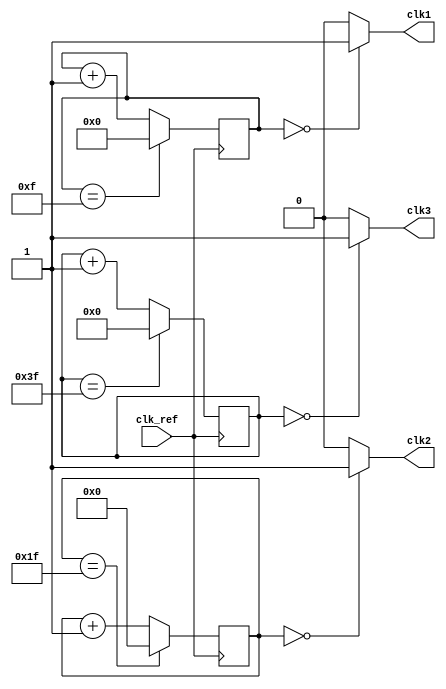
module multirate_timer_design (
    input wire clk_ref,
    output wire clk1,
    output wire clk2,
    output wire clk3
);

reg [3:0] cnt1;
reg [4:0] cnt2;
reg [5:0] cnt3;

assign clk1 = (cnt1 == 4'b0000) ? 1'b1 : 1'b0;
assign clk2 = (cnt2 == 5'b00000) ? 1'b1 : 1'b0;
assign clk3 = (cnt3 == 6'b000000) ? 1'b1 : 1'b0;

always @(posedge clk_ref) begin
    if (cnt1 == 4'b1111)
        cnt1 <= 4'b0000;
    else
        cnt1 <= cnt1 + 4'b0001;

    if (cnt2 == 5'b11111)
        cnt2 <= 5'b00000;
    else
        cnt2 <= cnt2 + 5'b00001;

    if (cnt3 == 6'b111111)
        cnt3 <= 6'b000000;
    else
        cnt3 <= cnt3 + 6'b000001;
end

endmodule